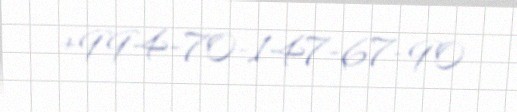
+994-70-147-67-90